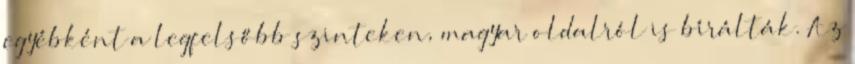
egyébként a legfelsőbb szinteken, magyar oldalról is bírálták. Az